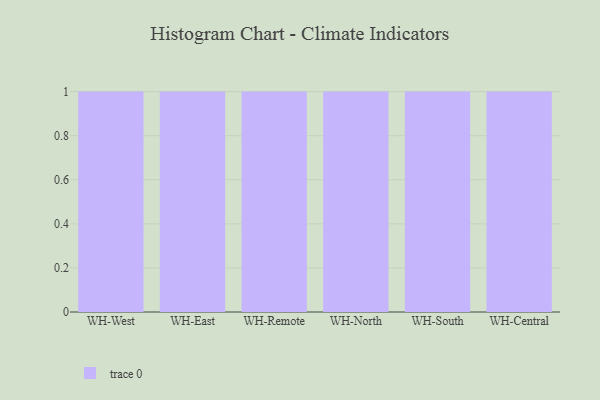
{"axis": {"x": "Warehouse", "y": "Headcount"}, "legend": [""], "data": [{"x": "WH-West", "y": 3, "type": ""}, {"x": "WH-East", "y": 86, "type": ""}, {"x": "WH-Remote", "y": 14, "type": ""}, {"x": "WH-North", "y": 69, "type": ""}, {"x": "WH-South", "y": 45, "type": ""}, {"x": "WH-Central", "y": 48, "type": ""}]}